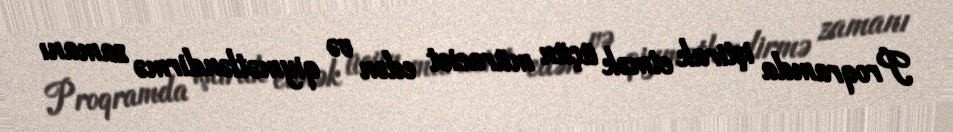
Proqramda iştirak etmək üçün müraciət edən və qiymətləndirmə zamanı